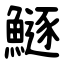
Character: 鱁